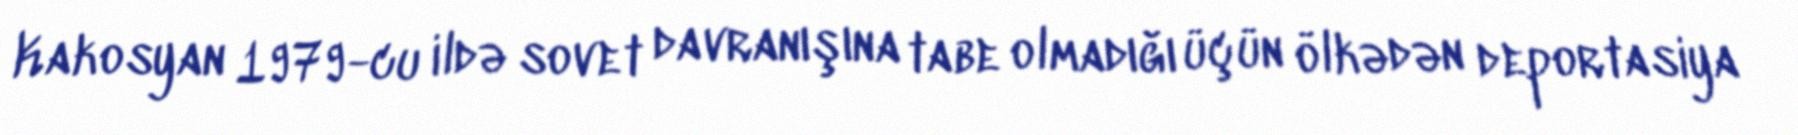
Kakosyan 1979-cu ildə sovet davranışına tabe olmadığı üçün ölkədən deportasiya